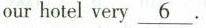
ourhotel very\underline{6}.